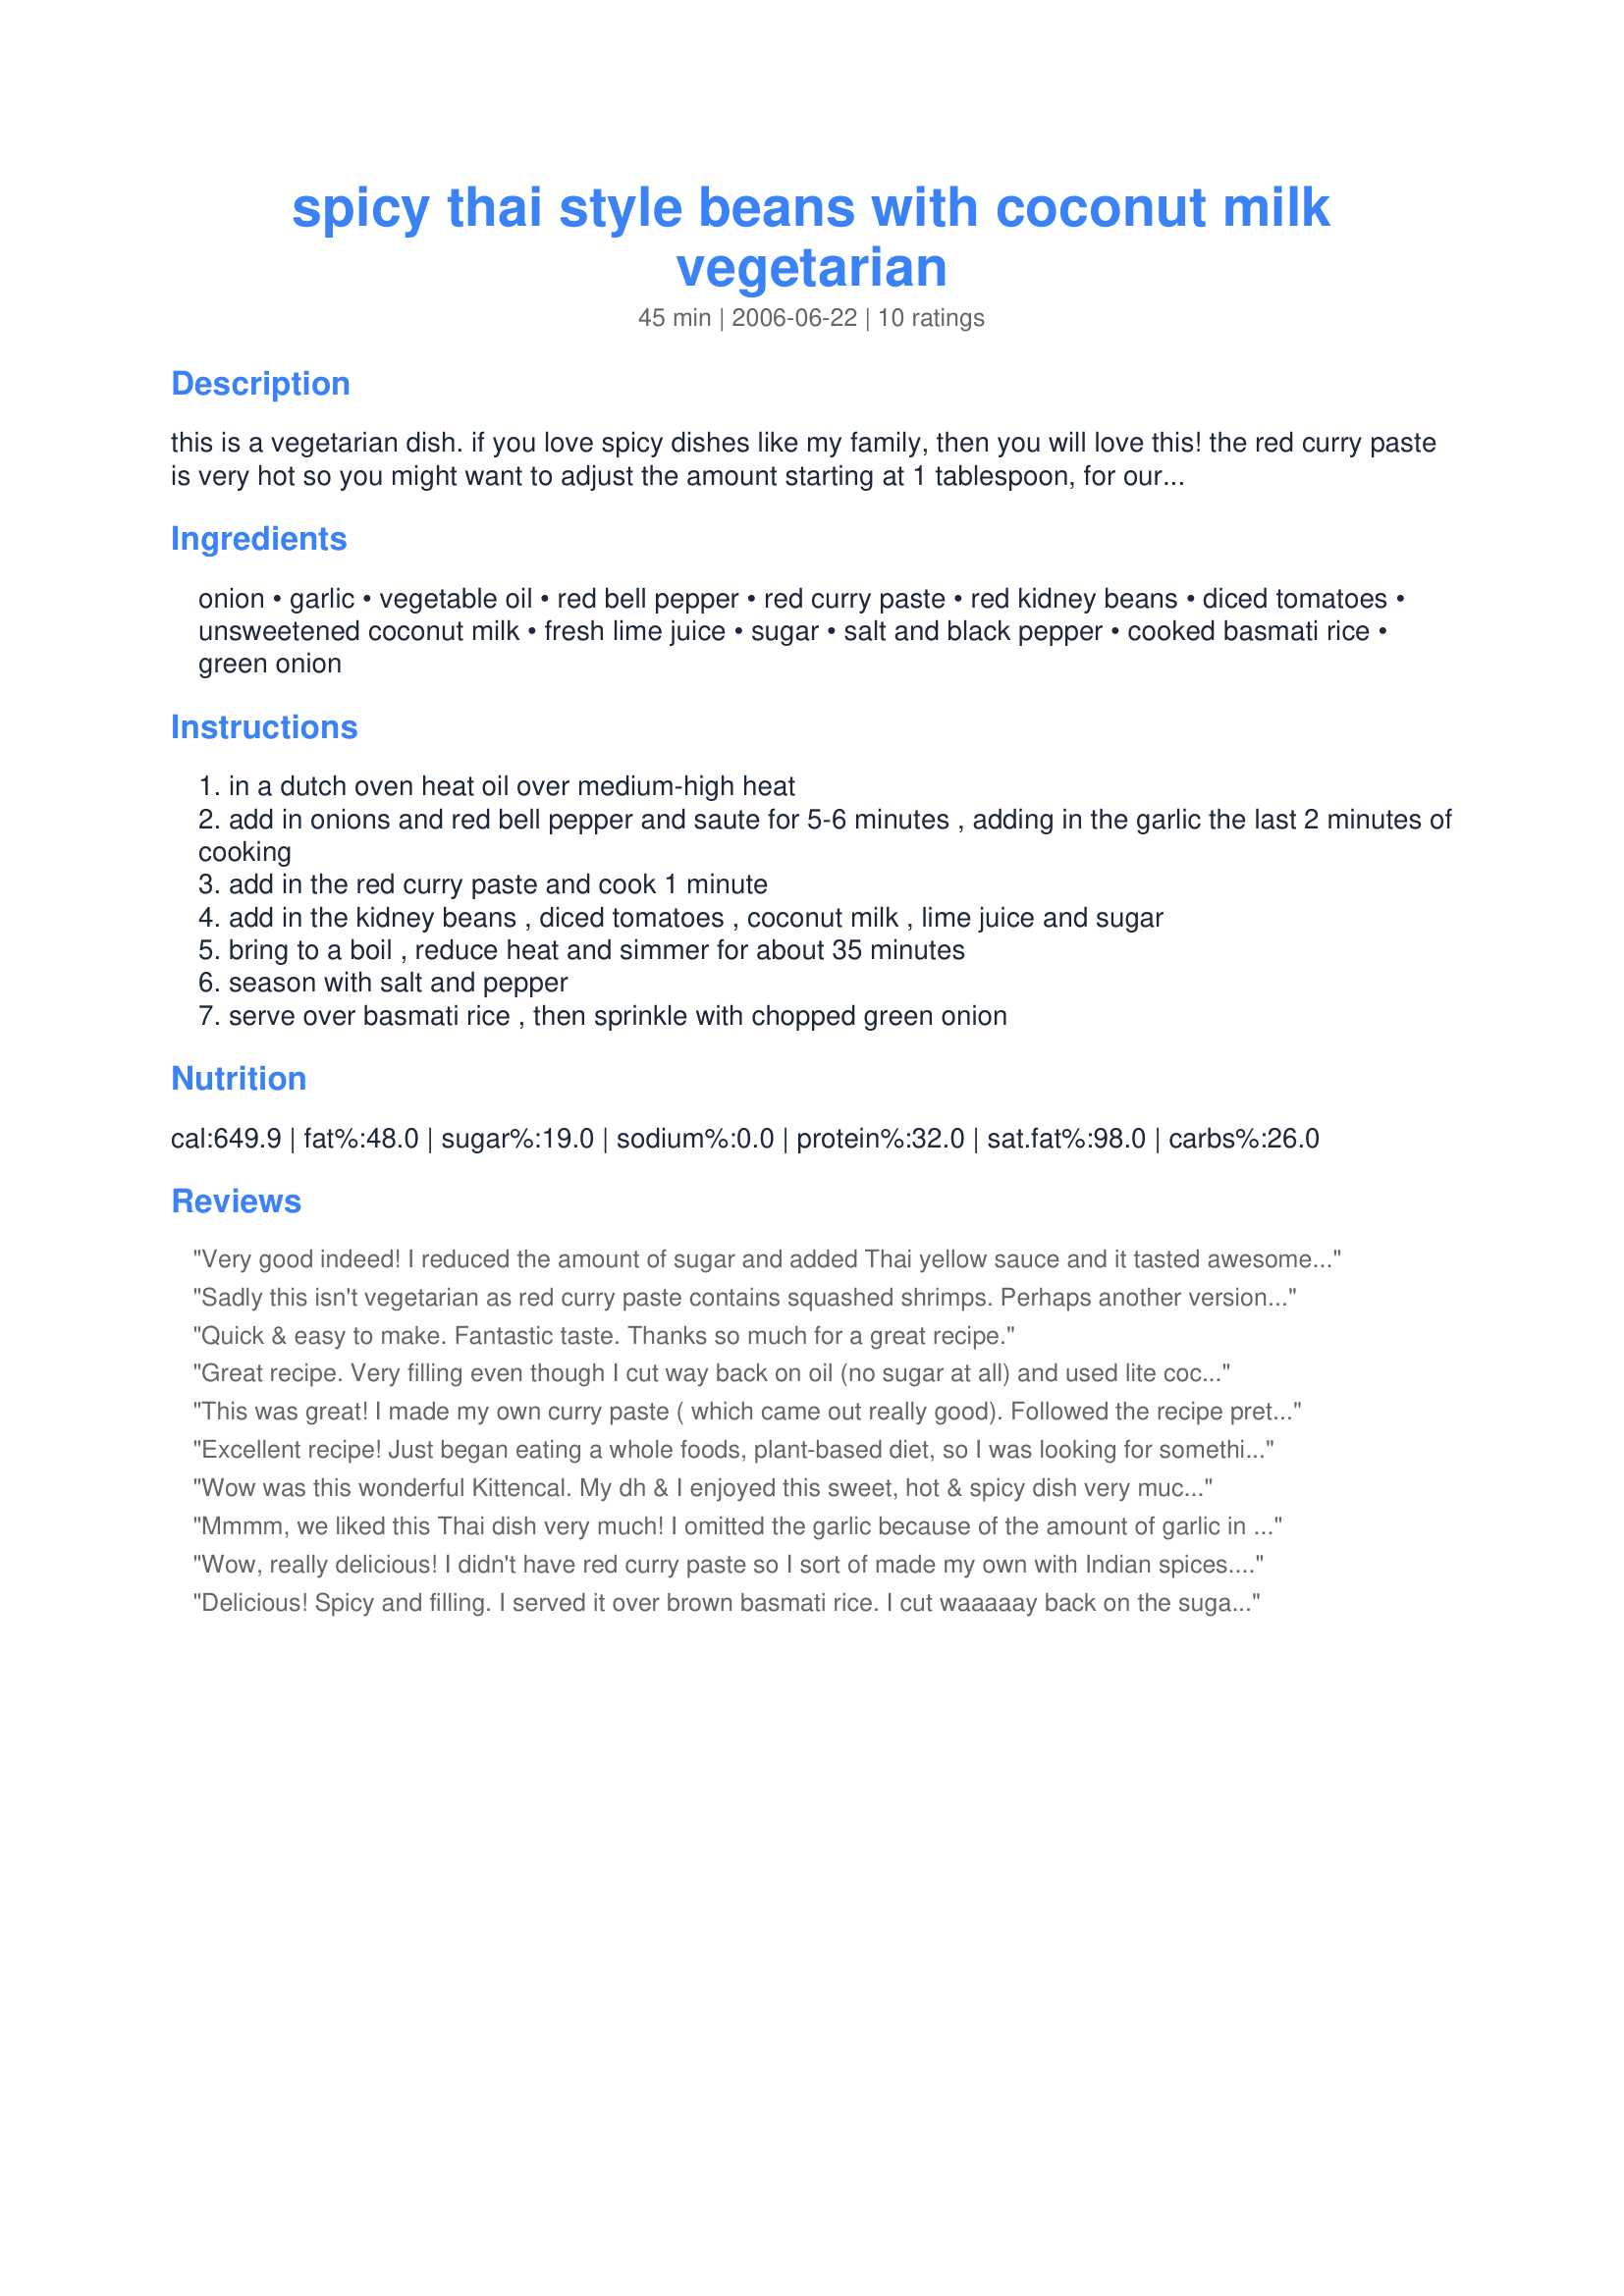
spicy thai style beans with coconut milk vegetarian
Preparation time: 45 minutes

this is a vegetarian dish. if you love spicy dishes like my family, then you will love this! the red curry paste is very hot so you might want to adjust the amount starting at 1 tablespoon, for our tastes i use about 2 tablespoons, the hotter the better lol! you can find red curry paste in the asian section of your supermarket or in any asian grocery store, i use it in many dishes! the complete recipe is made on top of the stove in very little time, but has tons of flavor!

Ingredients:
onion, garlic, vegetable oil, red bell pepper, red curry paste, red kidney beans, diced tomatoes, unsweetened coconut milk, fresh lime juice, sugar, salt and black pepper, cooked basmati rice, green onion

Steps:
in a dutch oven heat oil over medium-high heat
add in onions and red bell pepper and saute for 5-6 minutes , adding in the garlic the last 2 minutes of cooking
add in the red curry paste and cook 1 minute
add in the kidney beans , diced tomatoes , coconut milk , lime juice and sugar
bring to a boil , reduce heat and simmer for about 35 minutes
season with salt and pepper
serve over basmati rice , then sprinkle with chopped green onion

Reviews:
Very good indeed! I reduced the amount of sugar and added Thai yellow sauce and it tasted awesome. Some minor adjustments with the seasoning and its yum!
Sadly this isn't vegetarian as red curry paste contains squashed shrimps. Perhaps another version could omit this and supplement with a different curry paste such as yellow (no shrimp paste), or the dry ingredients of the red curry paste without the shrimp! :)
Quick & easy to make. Fantastic taste. Thanks so much for a great recipe.
Great recipe. Very filling even though I cut way back on oil (no sugar at all) and used lite coconut milk. Was my first time using red curry paste, so I put in about 1 tablespoon plus. Was not spicy enough for me (or my BF even though he prefers less spicy than me) so I would put in 2 tablespoons or more. I used jasmati rice as it was what I had. I put in juice of 2 limes (more than 2 tablespoons). No other changes. Tasted great, more than sweet enough without sugar, and next time I will make sure it's spicy enough too. Thanks Kitten!
This was great! I made my own curry paste ( which came out really good). Followed the recipe pretty much exactly.. but added fresh green beans when I put it to simmer. Came out great and the beans went well with it. Really easy and one pot cooking. Love it!
Excellent recipe! Just began eating a whole foods, plant-based diet, so I was looking for something more exciting than a salad. This fit the bill perfectly! You can adjust the &quot;heat&quot; to your taste, and the coconut milk adds an exotic flavor. I never knew kidney beans could be transformed into something sensational. I will definitely make this again and again!
Wow was this wonderful Kittencal. My dh & I enjoyed this sweet, hot & spicy dish very much. I used 1 lime, red pepper, 2 big tbsps red curry and all the sugar. I like my dishes with curry to be reduced alot so I simmered this on the stove top for 2 hours. It was just perfect served with Jasmine Rice. Thanks so much for sharing.
Mmmm, we liked this Thai dish very much! I omitted the garlic because of the amount of garlic in the homemade chili paste Recipe #156128 . The red bell pepper was added, even though it was an optional ingredient. Fresh tomatoes were used and only 10 ounces in this recipe. Finally, cane sugar for standard white sugar. Served with jasmine rice, fresh cilantro, green onion and lime wedge garnishes. I'll make this again soon as it was very easy for an Asian dish. It's vegan, too! For Kittencal.
Wow, really delicious! I didn't have red curry paste so I sort of made my own with Indian spices. My husband who is from India and really only likes Indian food was very happy with this. It was similar enough for him and just different enough for me to have a delicious change of pace! I will definitely be making this again--thanks!
Delicious! Spicy and filling. I served it over brown basmati rice. I cut waaaaay back on the sugar. Next time I won't use any sugar. This made a great lunch for me today. I got my 'spicy' food fix.
